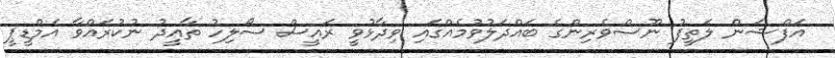
އަފްޝަން ލަތީފު ނޫސްވެރިންގެ ބައްދަލުވުމެއްގައި ވިދާޅުވީ ރައީސް ސޯލިހު ތާއީދު ނުކުރައްވާ އެމްޑީޕީ